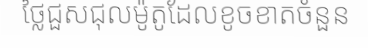
ថ្លៃជួសជុលម៉ូតូដែលខូចខាតចំនួន